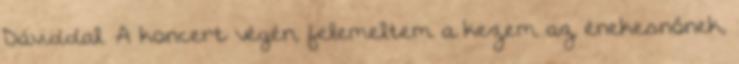
Dáviddal. A koncert végén, felemeltem a kezem az énekesnőnek,